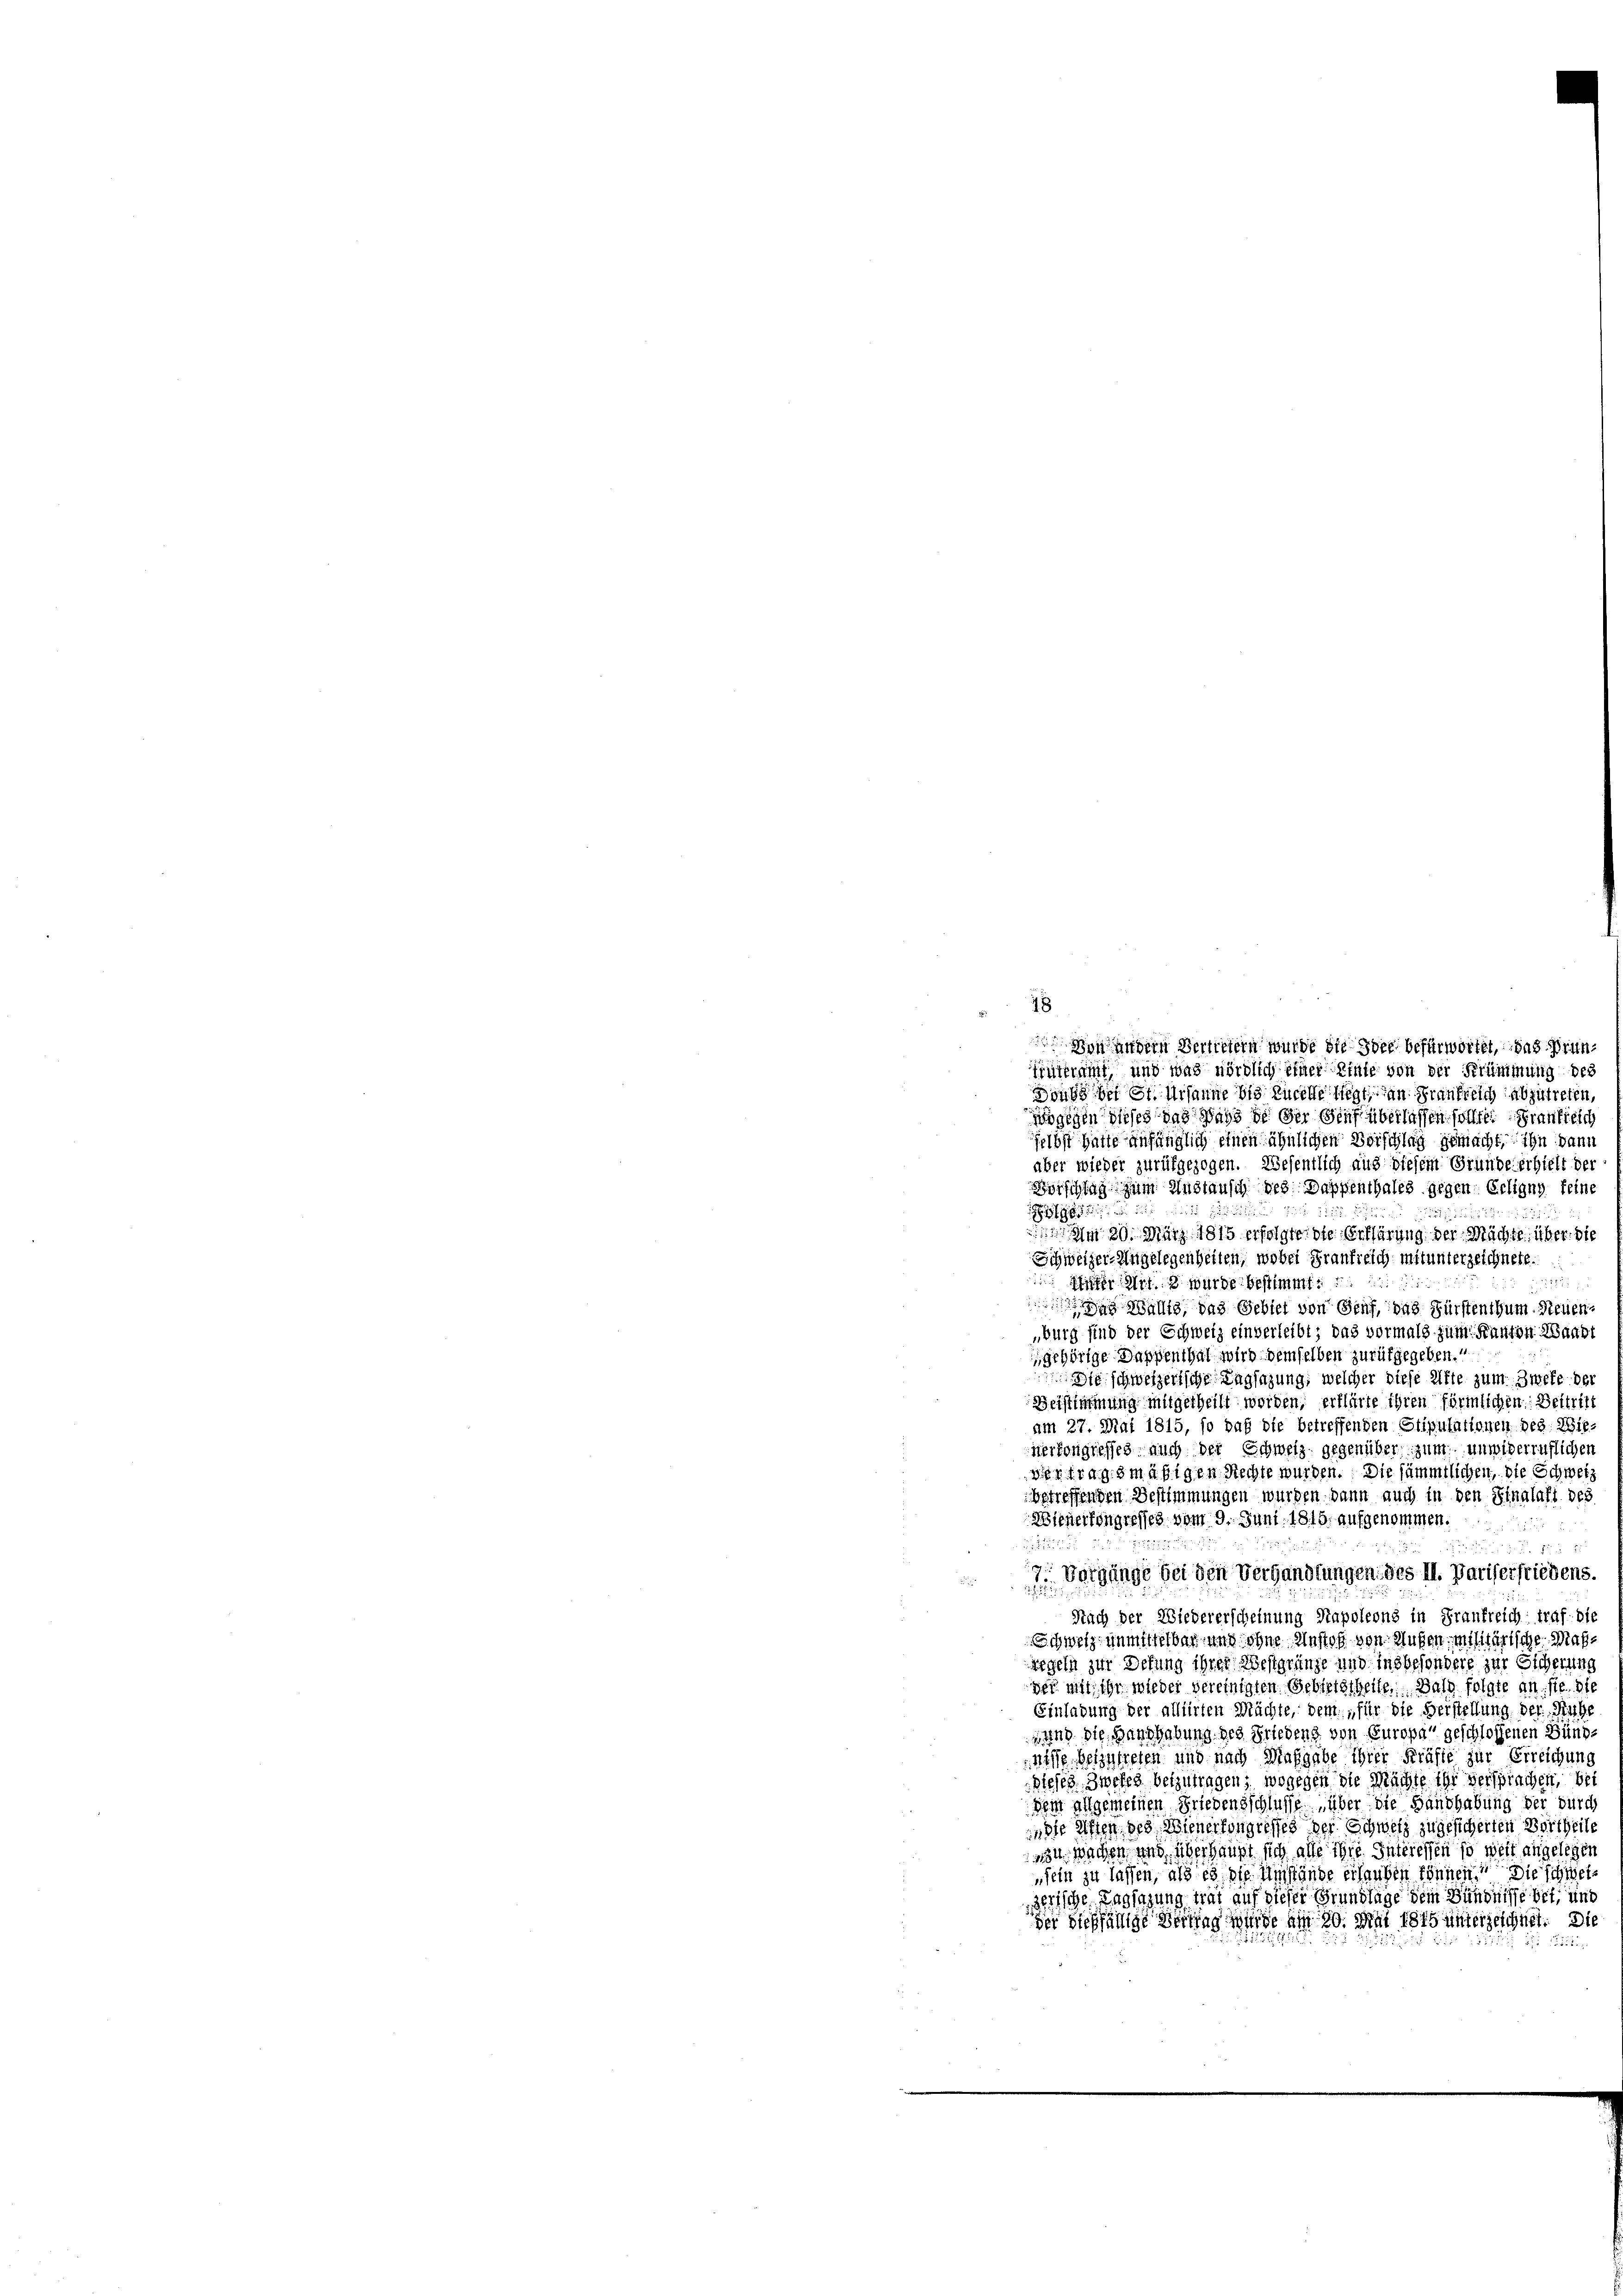
18

Enteramt und was nördlich einer Linie von der Strümmung des
Donne der St. Ursanne bis Lucelle liegt, an Frankreich abzutreten
jögegen dieses das dass de der Senf überlassen sollte Frankreich
felbst hatte anfänglich einen ähnlichen Vorschlag gemacht, ihn dann
aber wieder zurükgezogen. Wesentlich aus diesem Gründe erhielt der
Börschlag zum Anstausch des Dappenthales gegen: Erligny feine
u

1125.

 Am 20. März 1815 erfolgte, die Erklärung der Mächte, über die
Schweizer-Angelegenheiten, wobei Frankreich mitunterzeichnete.
n Art. 3 wurde bestimmt
2
 Wallig, das Gebiet von Genf, das Fürstenthum Neuen¬
„burg sind der Schweiz einverleibt; das vormals zum Kanton Waadt
gehörige Dappenthal wird demselben zurückgegeben.“
die schweizerische Tagsazung, welcher diese Afte zum Zweke des
Beistimmung mitgetheilt worden, erklärte ihren förmlichen Beitrit
am 27. Mai 1815, so daß die betreffenden Stiputationen Deg. Wie
verkongresses auch der Schweiz gegenüber zum unwiderruflicher
dientragsmäßigen Rechte wurden. Die sämmtlichen, die Schweiz
betreffenden Bestimmungen wurden kann auch in den Sinalafi des
Bienerfongresses vom 9. Juni 1815, aufgenommen.

.
7. Vorgänge bei den Verhandlungen des M. Pariserfriedens-

Nach der Wiedererscheinung Napoleons in Frankreich traf die
Schweiz unmittelbar und ohne Anstoß von Musen militärische Maßsegeln zur Defung ihrer Westgränze und insbesondere zur Eicherung
der mit ihr wieder vereinigten Gebietstheilen. Bald folgte an sie die
Einladung der alliirten Mächte, dem „für die Verstellung der Ruhe
sund die Handhabung des Friedens von Europa geschlossenen Büngnie beizutreten und nach Maßgabe ihrer Kräfte zur Erreichung
Sieses Zwekes beizutragen; wogegen die Mächte ihr versprachen, bei
dem allgemeinen Friedensschlusse über die Handhabung der durch
die Riffen des Wienerkongresses der Schweiz zugesicherten Vortheile
u wachen und überhaupt sich alle ihre Interessen so weit angelegen
sein zu lassen, als es die Umstände erlauben können. Die schwei¬
3ische Lasingung trat auf dieser Grundlage dem Dichtnisse bet, und
der Steffällige Beitrag wurde am 20. Mai 1815 unterzeichnet. Die
vii Cts.

Von andern Vertretern wurde die Oder befürwortet, das Grün¬